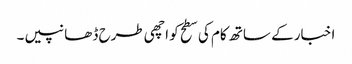
اخبار کے ساتھ کام کی سطح کو اچھی طرح ڈھانپیں۔